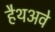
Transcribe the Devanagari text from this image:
हैथअवे